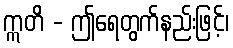
ဣတိ - ဤရေတွက်နည်းဖြင့်၊